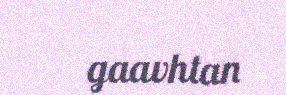
gaavhtan